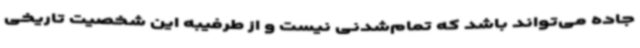
جاده می‌تواند باشد که تمام‌شدنی نیست و از طرفیبه این شخصیت تاریخی